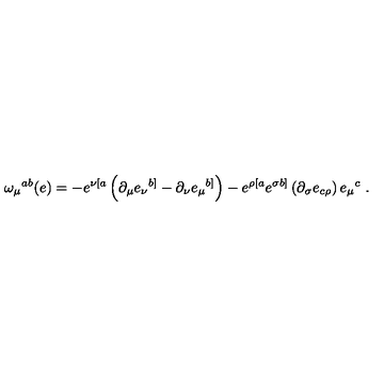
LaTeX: \omega _ { \mu } { } ^ { a b } ( e ) = - e ^ { \nu [ a } \left( \partial _ { \mu } e _ { \nu } { } ^ { b ] } - \partial _ { \nu } e _ { \mu } { } ^ { b ] } \right) - e ^ { \rho [ a } e ^ { \sigma b ] } \left( \partial _ { \sigma } e _ { c \rho } \right) e _ { \mu } { } ^ { c } \ .